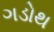
ગડોથ